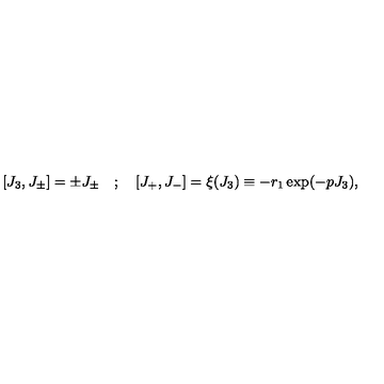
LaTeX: \lbrack J _ { 3 } , J _ { \pm } \rbrack = \pm J _ { \pm } \quad ; \quad \lbrack J _ { + } , J _ { - } \rbrack = \xi ( J _ { 3 } ) \equiv - r _ { 1 } \exp ( - p J _ { 3 } ) ,